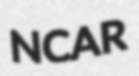
NCAR